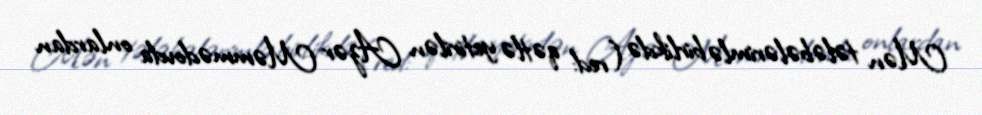
Mən tələbələrimlə birlikdə (red: qətlə yetirilən Azər Məmmədovda onlardan